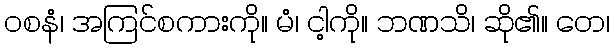
ဝစနံ၊ အကြင်စကားကို။ မံ၊ ငါ့ကို။ ဘဏသိ၊ ဆို၏။ တေ၊